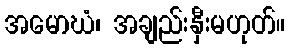
အမောဃံ၊ အချည်းနှီးမဟုတ်။